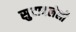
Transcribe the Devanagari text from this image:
सुटावलेली